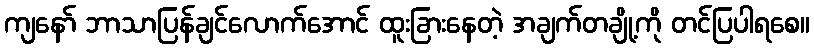
ကျနော် ဘာသာပြန်ချင်လောက်အောင် ထူးခြားနေတဲ့ အချက်တချို့ကို တင်ပြပါရစေ။